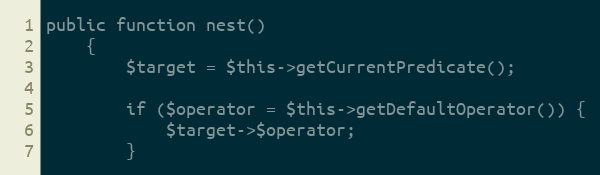
Language: PHP
public function nest()
    {
        $target = $this->getCurrentPredicate();

        if ($operator = $this->getDefaultOperator()) {
            $target->$operator;
        }